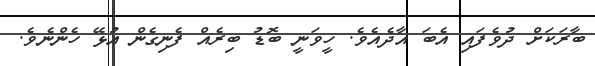
ބާރަކަށް ދުވެފައި އެބަ އާދެއެވެ. ހީވަނީ ބޮޑު ބިރެއް ފެނިގެން އުޅޭ ހެންނެވެ.